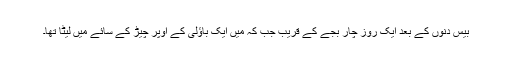
بیس دنوں کے بعد ایک روز چار بجے کے قریب جب کہ میں ایک باؤلی کے اوپر چیڑ کے سائے میں لیٹا تھا۔